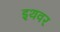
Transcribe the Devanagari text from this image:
इथवर